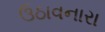
ઉઠાવનારા